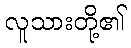
လူသားတို့၏